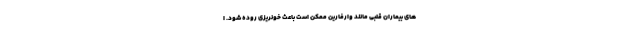
های بیماران قلبی مانند وارفارین ممکن است باعث خونریزی روده شود. ا